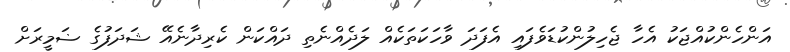
އަންހެންކުއްޖަކު އެހާ ޖެހިލުންކުޑަވެފައި އެފަދަ ވާހަކަތަކެއް ލަދެއްނެތި ދައްކަން ކެރިދާނެއޭ ޝަދަފުގެ ޟަމީރަށް